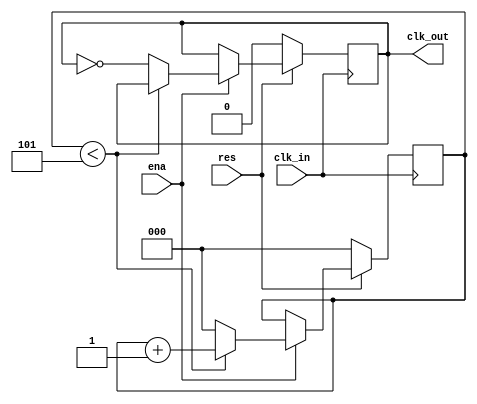
module clockDividerIce (
  input wire clk_in, // input clock 12 MHz
  input wire ena,
  input wire res,    // reset, active low
  output reg clk_out // output clock 1 MHz
);

  reg[2:0] counter;
  parameter div     = 6; // 12 MHz / 12 = 1 MHz, 50% duty cycle => 1/2 of that


  always @(posedge clk_in) begin
    if (!res) begin // reset
      counter <= 3'b0;
      clk_out <= 1'b0;
    end else if (ena) begin
      if (counter < (div-1)) begin    // count up
        counter <= counter + 1;
      end else begin                  // reset counter and invert output
        counter <= 3'b0;
        clk_out <= ~clk_out;
      end
    end
  end

endmodule //clockDividerIce